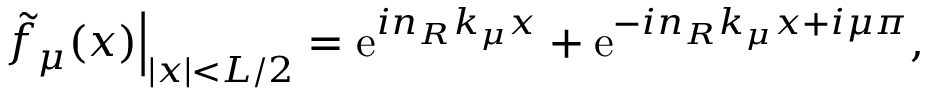
\begin{array} { r } { \left. \tilde { f } _ { \mu } ( x ) \right| _ { | x | < L / 2 } = \mathrm { e } ^ { i n _ { R } k _ { \mu } x } + \mathrm { e } ^ { - i n _ { R } k _ { \mu } x + i \mu \pi } , } \end{array}